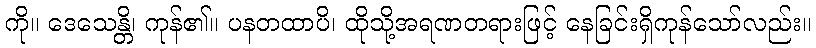
ကို။ ဒေသေန္တိ၊ ကုန်၏။ ပနတထာပိ၊ ထိုသို့အရဏတရားဖြင့် နေခြင်းရှိကုန်သော်လည်း။